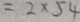
= 2 \times 5 4